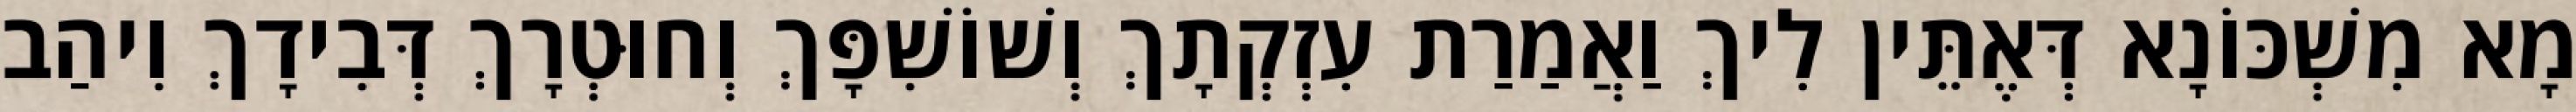
מָא מִשְׁכּוֹנָא דְּאֶתֵּין לִיךְ וַאֲמַרַת עִזְקְתָךְ וְשׁוֹשִׁפָּךְ וְחוּטְרָךְ דְּבִידָךְ וִיהַב